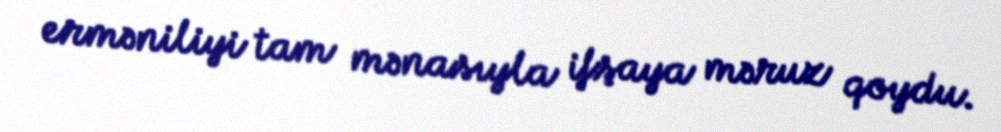
erməniliyi tam mənasıyla ifşaya məruz qoydu.